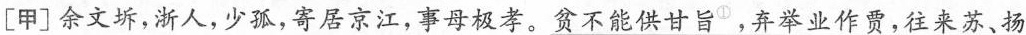
[甲] 余文坼，浙人，少孤，寄居京江，事母极孝。贫不能供甘旨^{①}。弃举业作贾，往来苏、扬